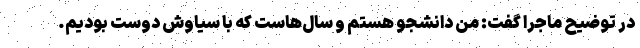
در توضیح ماجرا گفت: من دانشجو هستم و سال‌هاست که با سیاوش دوست بودیم.